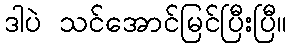
ဒါပဲ သင်အောင်မြင်ပြီးပြီ။